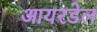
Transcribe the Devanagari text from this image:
आयरडेल